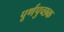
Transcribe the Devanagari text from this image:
पूर्णपुच्छक